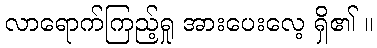
လာရောက်ကြည့်ရှု အားပေးလေ့ ရှိ၏ ။